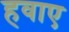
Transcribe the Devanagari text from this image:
हवाए